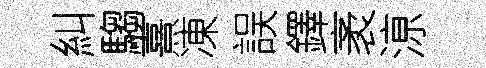
糾騶熹凍誤鐸袤鿌